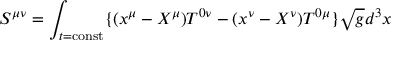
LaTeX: S ^ { \mu \nu } = \int _ { t = \mathrm { { c o n s t } } } \{ ( x ^ { \mu } - X ^ { \mu } ) T ^ { 0 \nu } - ( x ^ { \nu } - X ^ { \nu } ) T ^ { 0 \mu } \} { \sqrt { g } } d ^ { 3 } x